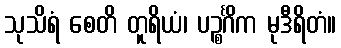
သုသိရံ စေတိ တူရိယံ၊ ပဉ္စင်္ဂိက မုဒီရိတံ။